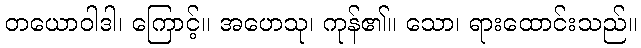
တယောဝါဒါ၊ ကြောင့်။ အဟေသု၊ ကုန်၏။ သော၊ ရားထောင်းသည်။